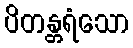
ပိတန္တရံသော